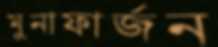
মুনাফার্জন